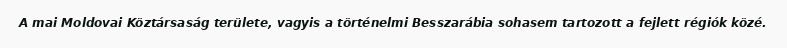
A mai Moldovai Köztársaság területe, vagyis a történelmi Besszarábia sohasem tartozott a fejlett régiók közé.